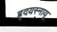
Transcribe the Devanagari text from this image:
ह्र्दयस्नायू